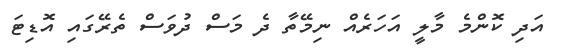
އަދި ކޮންމެ މާލީ އަހަރެއް ނިމޭތާ ދެ މަސް ދުވަސް ތެރޭގައި އޮޑިޓަ